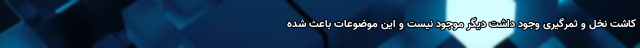
کاشت نخل و ثمرگیری وجود داشت دیگر موجود نیست و این موضوعات باعث شده